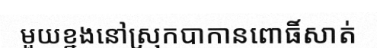
មួយខ្នងនៅស្រុកបាកានពោធិ៍សាត់